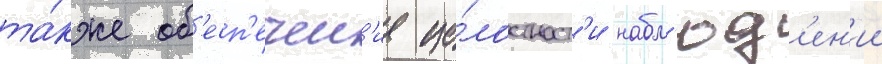
та́кже об'есп'ечен'ие це́лостност'и набл'юд'ен'ии